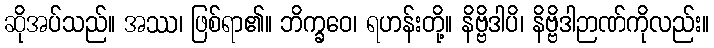
ဆိုအပ်သည်။ အဿ၊ ဖြစ်ရာ၏။ ဘိက္ခဝေ၊ ရဟန်းတို့။ နိဗ္ဗိဒါပိ၊ နိဗ္ဗိဒါဉာဏ်ကိုလည်း။